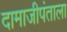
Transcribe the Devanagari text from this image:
दामाजीपंताला